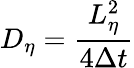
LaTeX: D_{\eta}=\frac{L_{\eta}^{2}}{4\Delta t}